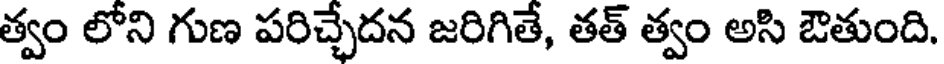
త్వం లోని గుణ పరిచ్చేదన జరిగితే, తత్ త్వం అసి ఔతుంది.